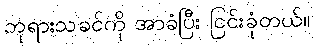
ဘုရားသခင်ကို အာခံပြီး ငြင်းခုံတယ်။